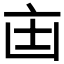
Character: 𫡺